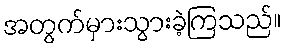
အတွက်မှားသွားခဲ့ကြသည်။